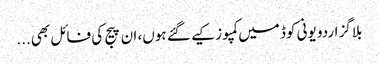
بلاگز اردو یونی کوڈ میں کمپوز کیے گئے ہوں، ان پیج کی فائل بھی...